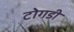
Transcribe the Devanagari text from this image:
टोगडी